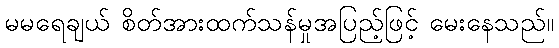
မမရေချယ် စိတ်အားထက်သန်မှုအပြည့်ဖြင့် မေးနေသည်။